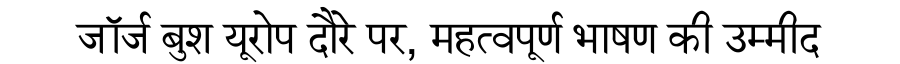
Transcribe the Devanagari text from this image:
जॉर्ज बुश यूरोप दौरे पर, महत्वपूर्ण भाषण की उम्मीद